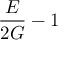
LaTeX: { \frac { E } { 2 G } } - 1